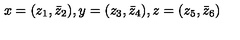
x = ( z _ { 1 } , \bar { z } _ { 2 } ) , y = ( z _ { 3 } , \bar { z } _ { 4 } ) , z = ( z _ { 5 } , \bar { z } _ { 6 } )